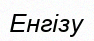
Енгізу